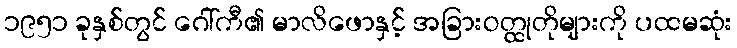
၁၉၅၁ ခုနှစ်တွင် ဂေါ်ကီ၏ မာလိဖောနှင့် အခြားဝတ္ထုတိုများကို ပထမဆုံး